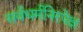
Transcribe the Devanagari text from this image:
सर्वधर्मनिरपेक्ष